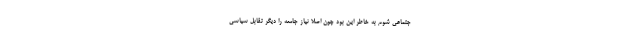
جتماعی شوم به خاطر این بود چون اصلاً نیاز جامعه را دیگر تقابل سیاسی